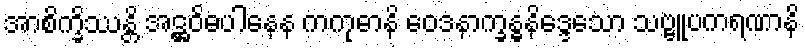
အာစိက္ခိဿန္တိ အဋ္ဌဝိဓပါနေန ကကုဓာနိ ဝေဒနာက္ခန္ဓနိဒ္ဒေသော သဗ္ဗူပကရဏာနိ